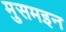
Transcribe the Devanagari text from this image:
मुसमइन